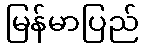
မြန်မာပြည်